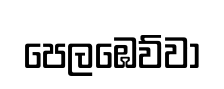
පෙලඹෙව්වා